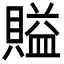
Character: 賹